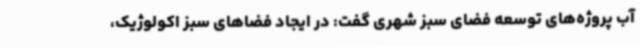
آب پروژه‌های توسعه فضای سبز شهری گفت: در ایجاد فضاهای سبز اکولوژیک،